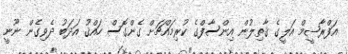
އަފްރާޝީމް އަލީގެ ޤާތިލުން އިންސާފްގެ ކުރިމައްޗަށް ގެންގޮސް ހައްޤު އަދަބު ދެވިގެން ނޫނީ